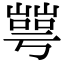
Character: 𡼰